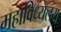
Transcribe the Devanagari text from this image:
महाविध्यलय